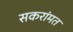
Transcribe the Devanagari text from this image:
सकरांमत